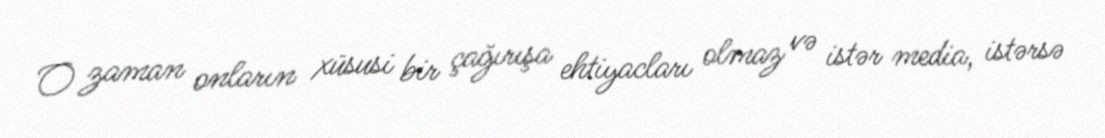
O zaman onların xüsusi bir çağırışa ehtiyacları olmaz və istər media, istərsə